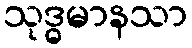
သုဒ္ဓမာနသာ